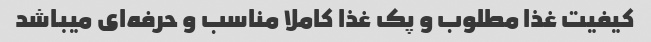
کیفیت غذا مطلوب و پک غذا کاملا مناسب و حرفه‌ای میباشد